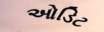
ઓડિટ